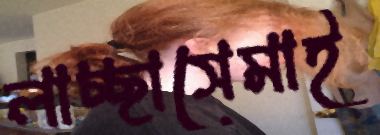
লাচ্ছাসেমাই